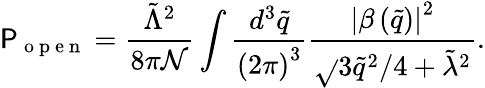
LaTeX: \mathsf{P}_{\mathrm{{~o~p~e~n~}}}=\frac{{\tilde{{\Lambda}}^{2}}}{{8\pi\mathcal{{N}}}}\int\frac{{d^{3}\tilde{{q}}}}{{\left(2\pi\right)^{3}}}\frac{{\left|\beta\left(\tilde{{q}}\right)\right|^{2}}}{{\sqrt{}{{3\tilde{{q}}^{2}/4+\tilde{{\lambda}}^{2}}}}}.